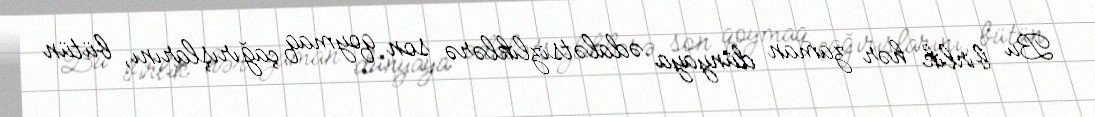
Bu birlik hər zaman dünyaya ədalətsizliklərə son qoymaq çağırışlarını, bütün